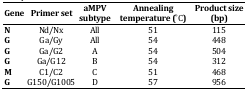
| Gene | Primer set | aMPV subtype | Annealing temperature ( ̊C) | Product size (bp) |
 | --- | --- | --- | --- | --- |
 | N | Nd/Nx | All | 51 | 115 |
 | G | Ga/Gy | All | 54 | 448 |
 | G | Ga/G2 | A | 54 | 504 |
 | G | Ga/G12 | B | 54 | 312 |
 | M | C1/C2 | C | 51 | 468 |
 | G | G150/G1005 | D | 57 | 956 |